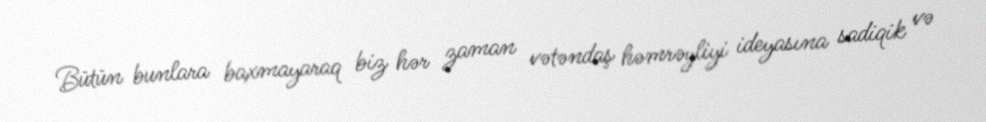
Bütün bunlara baxmayaraq biz hər zaman vətəndaş həmrəyliyi ideyasına sadiqik və